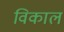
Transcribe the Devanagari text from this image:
विकाल